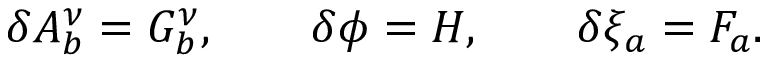
\delta A _ { b } ^ { \nu } = G _ { b } ^ { \nu } , \qquad \delta \phi = H , \qquad \delta \xi _ { a } = F _ { a } .